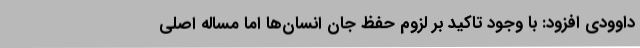
داوودی افزود: با وجود تاکید بر لزوم حفظ جان انسان‌ها اما مساله اصلی